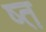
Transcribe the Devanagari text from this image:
ष्त